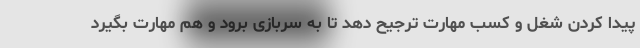
پیدا کردن شغل و کسب مهارت ترجیح دهد تا به سربازی برود و هم مهارت بگیرد